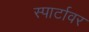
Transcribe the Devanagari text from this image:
स्पार्टावर